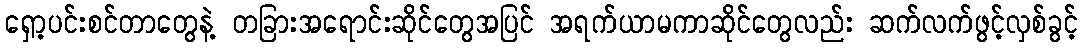
ရှော့ပင်းစင်တာတွေနဲ့ တခြားအရောင်းဆိုင်တွေအပြင် အရက်ယာမကာဆိုင်တွေလည်း ဆက်လက်ဖွင့်လှစ်ခွင့်